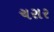
ચરાર